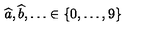
\widehat { a } , \widehat { b } , \ldots \in \{ 0 , \ldots , 9 \}